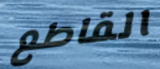
القاطع